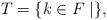
LaTeX: \begin{align*}T=\{k\in F\mid \},\end{align*}